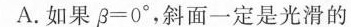
A.如果$$β = 0 °$$，斜面一定是光滑的